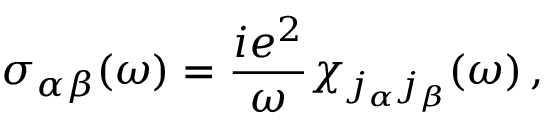
\sigma _ { \alpha \beta } ( \omega ) = \frac { i e ^ { 2 } } { \omega } \chi _ { j _ { \alpha } j _ { \beta } } ( \omega ) \, ,